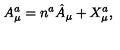
A _ { \mu } ^ { a } = n ^ { a } \hat { A } _ { \mu } + X _ { \mu } ^ { a } ,